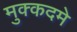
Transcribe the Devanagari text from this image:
मुक्कदमे